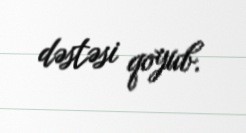
dəstəsi qoyub.